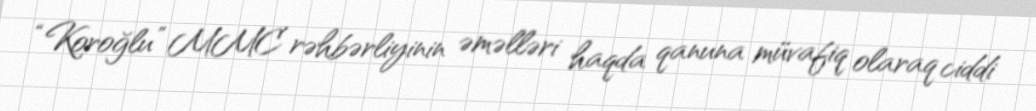
“Koroğlu” MMC rəhbərliyinin əməlləri haqda qanuna müvafiq olaraq ciddi